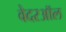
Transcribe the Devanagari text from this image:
वेदरऑल